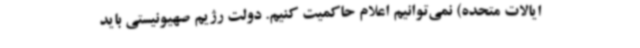
ایالات متحده) نمی‌توانیم اعلام حاکمیت کنیم. دولت رژیم صهیونیستی باید